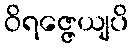
ဝိရဇ္ဇေယျပိ